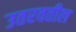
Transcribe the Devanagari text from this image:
उतरवतील